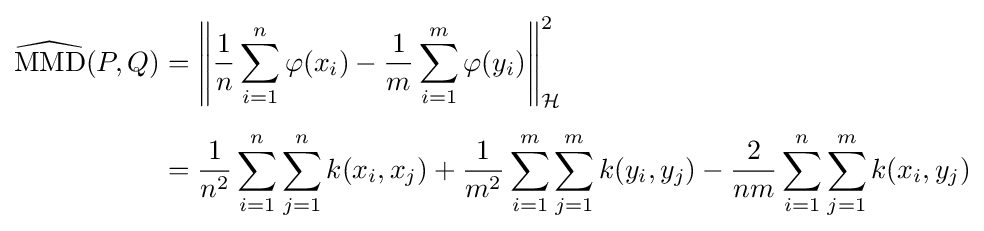
{\begin{aligned}{\widehat {\text{MMD}}}(P,Q)&=\left\|{\frac {1}{n}}\sum _{i=1}^{n}\varphi (x_{i})-{\frac {1}{m}}\sum _{i=1}^{m}\varphi (y_{i})\right\|_{\mathcal {H}}^{2}\\[5pt]&={\frac {1}{n^{2}}}\sum _{i=1}^{n}\sum _{j=1}^{n}k(x_{i},x_{j})+{\frac {1}{m^{2}}}\sum _{i=1}^{m}\sum _{j=1}^{m}k(y_{i},y_{j})-{\frac {2}{nm}}\sum _{i=1}^{n}\sum _{j=1}^{m}k(x_{i},y_{j})\end{aligned}}